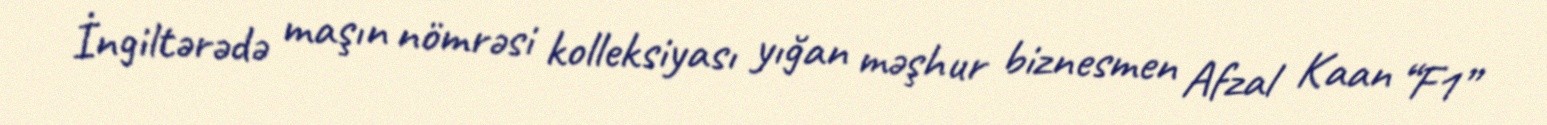
İngiltərədə maşın nömrəsi kolleksiyası yığan məşhur biznesmen Afzal Kaan “F1”